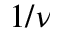
1 / \nu